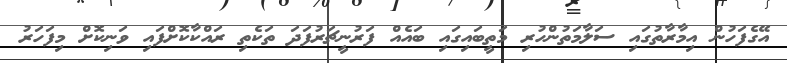
އޭގެފަހުން އިމާރާތުގައި ސަލާމަތުންހުރި މަތީބައިގައި ބައެއް ފަރުނީޗަރުފަދަ ތަކެތި ރައްކާކޮށްފައި ވަނިކޮށް މިފަހަރު